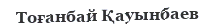
Тоғанбай Қауынбаев